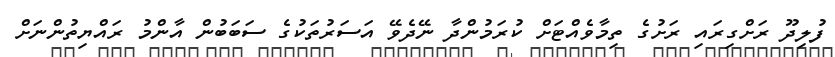
ފުލިދޫ ރަށްގިރައި ރަށުގެ ތިމާވެއްޓަށް ކުރަމުންދާ ނޭދެވޭ އަސަރުތަކުގެ ސަބަބުން އާންމު ރައްޔިތުންނަށް